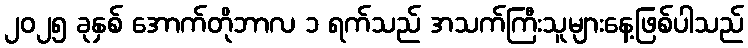
၂၀၂၅ ခုနှစ် အောက်တိုဘာလ ၁ ရက်သည် အသက်ကြီးသူများနေ့ဖြစ်ပါသည်